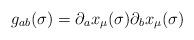
LaTeX: \begin{align*}g_{ab}(\sigma)=\partial_a x_\mu(\sigma) \partial_b x_\mu(\sigma)\end{align*}